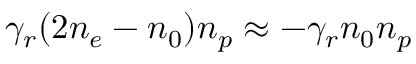
\gamma _ { r } ( 2 n _ { e } - n _ { 0 } ) n _ { p } \approx - \gamma _ { r } n _ { 0 } n _ { p }